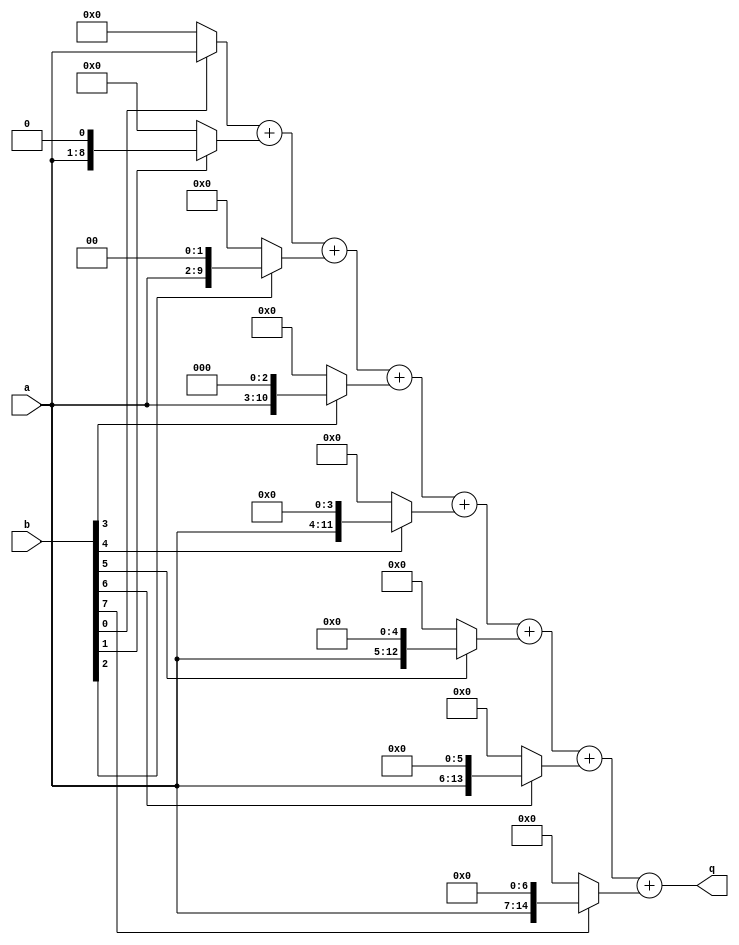
module test2_a(q, a, b);
output reg [15:0] q;
input [7:0] a, b;
reg [15:0] tmp [7:0];

always @(a or b) begin
	tmp[0] = b[0] ? a : 16'b0;
	tmp[1] = tmp[0] + (b[1] ? {a, 1'b0} : 16'b0);
	tmp[2] = tmp[1] + (b[2] ? {a, 2'b0} : 16'b0);
	tmp[3] = tmp[2] + (b[3] ? {a, 3'b0} : 16'b0);
	tmp[4] = tmp[3] + (b[4] ? {a, 4'b0} : 16'b0);
	tmp[5] = tmp[4] + (b[5] ? {a, 5'b0} : 16'b0);
	tmp[6] = tmp[5] + (b[6] ? {a, 6'b0} : 16'b0);
	tmp[7] = tmp[6] + (b[7] ? {a, 7'b0} : 16'b0);
	q = tmp[7];
end

endmodule